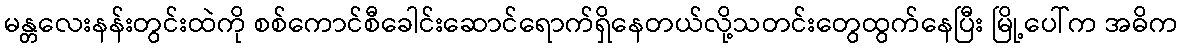
မန္တလေးနန်းတွင်းထဲကို စစ်ကောင်စီခေါင်းဆောင်ရောက်ရှိနေတယ်လို့သတင်းတွေထွက်နေပြီး မြို့ပေါ်က အဓိက